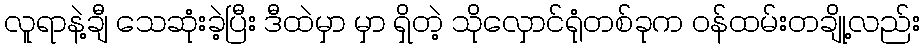
လူရာနဲ့ချီ သေဆုံးခဲ့ပြီး ဒီထဲမှာ မှာ ရှိတဲ့ သိုလှောင်ရုံတစ်ခုက ဝန်ထမ်းတချို့လည်း